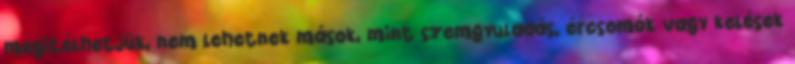
megitélhetjük, nem lehetnek mások, mint szemgyuladás, ércsomók vagy kelések